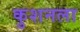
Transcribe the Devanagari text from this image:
कुशनला